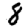
Digit: 8